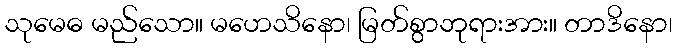
သုမေဓ မည်သော။ မဟေသိနော၊ မြတ်စွာဘုရားအား။ တာဒိနော၊